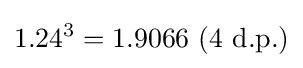
1.24^{3}=1.9066{\text{ (4 d.p.)}}